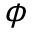
\phi